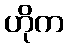
ဟိုက